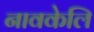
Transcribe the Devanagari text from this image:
नावकेलि